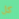
كل